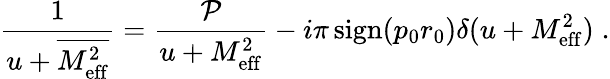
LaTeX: {\frac{1}{u+\overline{{{M_{\mathrm{eff}}^{2}}}}}}={\frac{\cal P}{u+M_{\mathrm{eff}}^{2}}}-i\pi\, \mathrm{sign}(p_{0}r_{0})\delta(u+M_{\mathrm{eff}}^{2})\; .